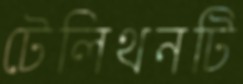
টেলিথনটি